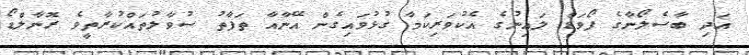
އަދި ބާސެލޯނާގެ ފޯވަޑް ލައިނުގެ އެކުވަރިކަމާ ގުޅުވައިގެން އޭނާއާ ތަފާތު ސުވާލުތައްކުރާތީވެ ރޮނާލްޑޯ